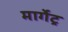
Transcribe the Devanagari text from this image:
मार्गेट्र